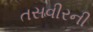
તસવીરની